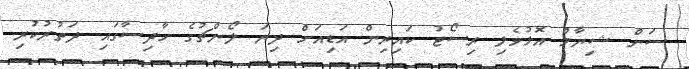
ސަން ޝިޔާމް އޮޅުވެލި ރިސޯޓު ކައިރިން އަޑިއަށް ދިޔަ ލޯންޗުގެ ހާދިސާގައި ދަތުރުކުރި